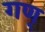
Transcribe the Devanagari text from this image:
गण्